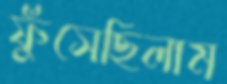
ফুঁসেছিলাম